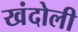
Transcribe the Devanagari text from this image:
खंदोली